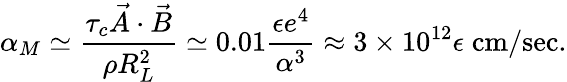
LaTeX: \alpha_{M}\simeq\frac{\tau_{c}\vec{A}\cdot\vec{B}}{\rho R_{L}^{2}}\simeq 0.01\frac{\epsilon e^{4}}{\alpha^{3}}\approx 3\times 10^{12}\epsilon\; \mathrm{cm/sec}.